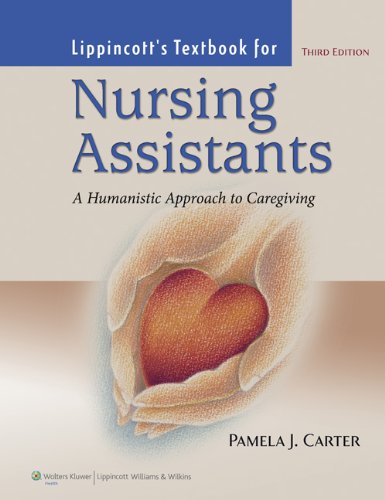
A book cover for Lippincott Textbook For Nursing Assistants: A Humanistic Approach to Caregiving; Pamela J. Carter RN  BSN  MEd  CNOR; Medical Books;